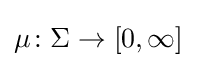
\mu \colon \Sigma \to [0,\infty ]